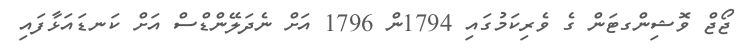
ޖޯޖް ވޮޝިންގޓަން ގެ ވެރިކަމުގައި 1794ން 1796 އަށް ނެދަލޭންޑްސް އަށް ކަނޑައަޅާފައި